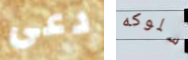
دعى سلوكه